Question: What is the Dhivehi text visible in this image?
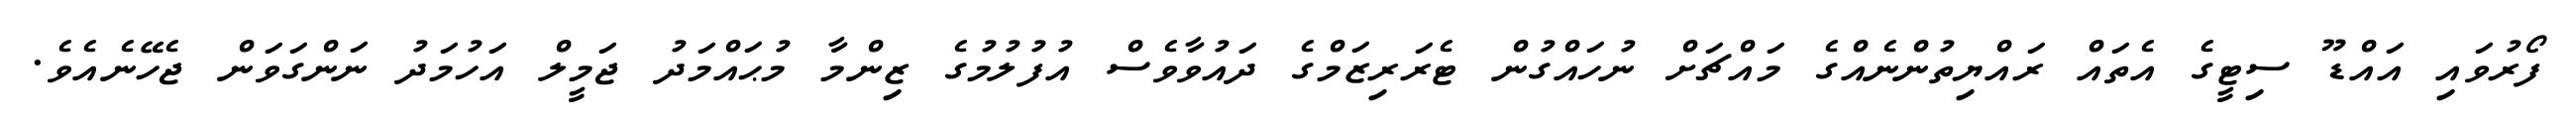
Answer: ފޯރުވައި އައްޑޫ ސިޓީގެ އެތައް ރައްޔިތުންނެއްގެ މައްޗަށް ނުހައްގުން ޓެރަރިޒަމްގެ ދައުވާވެސް އުފުލުމުގެ ޒިންމާ މުޙައްމަދު ޖަމީލް އަހުމަދު ނަންގަވަން ޖެހޭނެއެވެ.